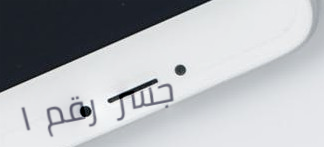
جسر رقم ١